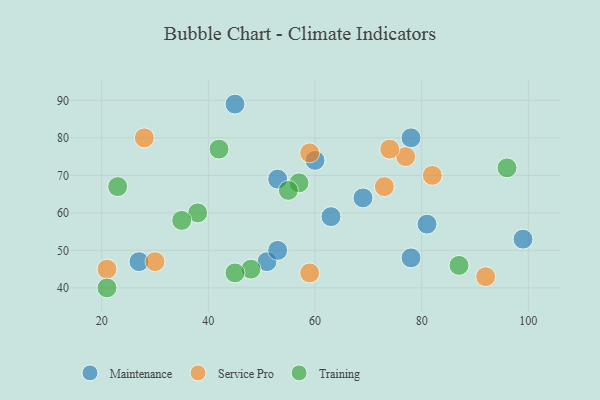
{"axis": {"x": "GDP", "y": "Life Expectancy"}, "legend": ["Maintenance", "Service Pro", "Training"], "data": [{"x": "81", "y": 57, "type": "Maintenance"}, {"x": "53", "y": 69, "type": "Maintenance"}, {"x": "78", "y": 48, "type": "Maintenance"}, {"x": "63", "y": 59, "type": "Maintenance"}, {"x": "69", "y": 64, "type": "Maintenance"}, {"x": "45", "y": 89, "type": "Maintenance"}, {"x": "51", "y": 47, "type": "Maintenance"}, {"x": "99", "y": 53, "type": "Maintenance"}, {"x": "27", "y": 47, "type": "Maintenance"}, {"x": "53", "y": 50, "type": "Maintenance"}, {"x": "60", "y": 74, "type": "Maintenance"}, {"x": "78", "y": 80, "type": "Maintenance"}, {"x": "73", "y": 67, "type": "Service Pro"}, {"x": "92", "y": 43, "type": "Service Pro"}, {"x": "21", "y": 45, "type": "Service Pro"}, {"x": "59", "y": 76, "type": "Service Pro"}, {"x": "77", "y": 75, "type": "Service Pro"}, {"x": "74", "y": 77, "type": "Service Pro"}, {"x": "30", "y": 47, "type": "Service Pro"}, {"x": "82", "y": 70, "type": "Service Pro"}, {"x": "28", "y": 80, "type": "Service Pro"}, {"x": "59", "y": 44, "type": "Service Pro"}, {"x": "48", "y": 45, "type": "Training"}, {"x": "42", "y": 77, "type": "Training"}, {"x": "45", "y": 44, "type": "Training"}, {"x": "96", "y": 72, "type": "Training"}, {"x": "57", "y": 68, "type": "Training"}, {"x": "38", "y": 60, "type": "Training"}, {"x": "87", "y": 46, "type": "Training"}, {"x": "55", "y": 66, "type": "Training"}, {"x": "23", "y": 67, "type": "Training"}, {"x": "35", "y": 58, "type": "Training"}, {"x": "21", "y": 40, "type": "Training"}]}